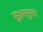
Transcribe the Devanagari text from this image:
सूक्ष्मतुला